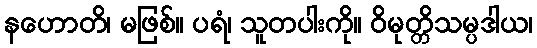
နဟောတိ၊ မဖြစ်။ ပရံ၊ သူတပါးကို။ ဝိမုတ္တိသမ္ပဒါယ၊